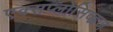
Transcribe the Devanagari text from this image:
एक्सप्लोसिव्ह्वज